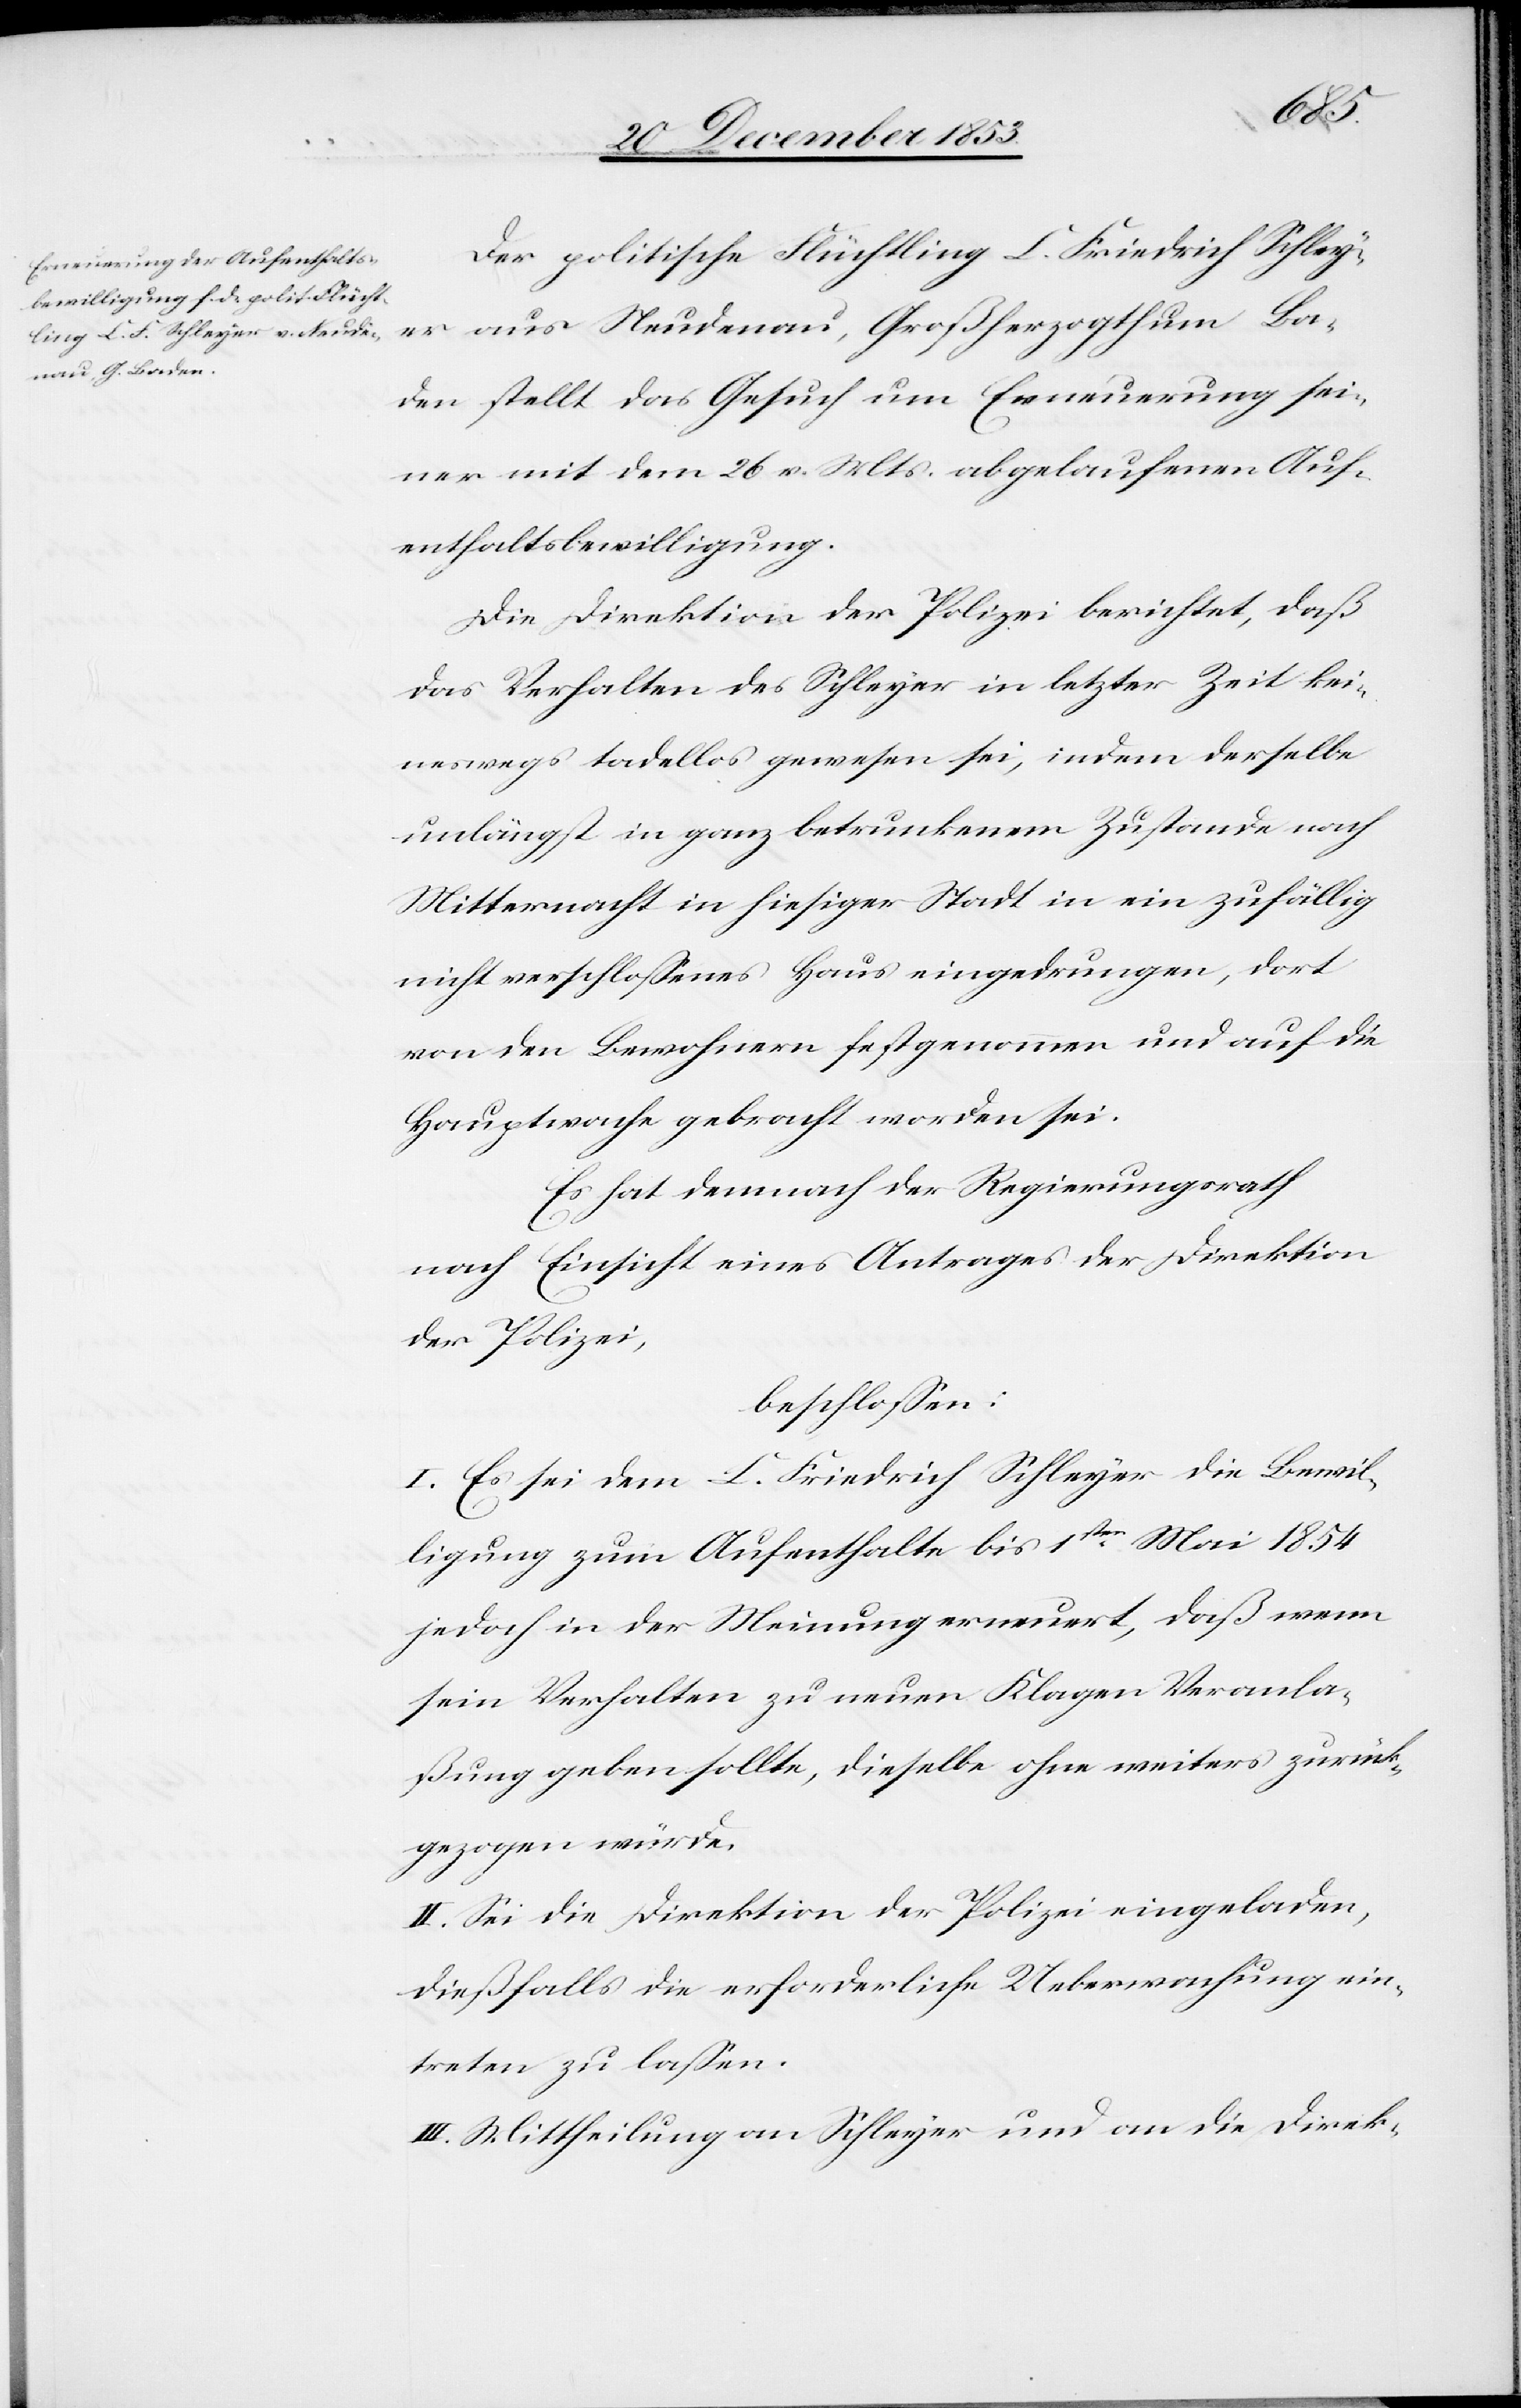
Der politische Flüchtling C. Friedrich Schley¬
er aus Neudenau, Großherzogthum Ba¬
den stellt das Gesuch um Erneuerung sei¬
ner mit dem 26 v. Mts. abgelaufenen Auf¬
enthaltsbewilligung.
Die Direktion der Polizei berichtet, daß
das Verhalten des Schleyer in letzter Zeit kei¬
neswegs tadellos gewesen sei, indem derselbe
unlängst in ganz betrunkenem Zustand nach
Mitternacht in hiesiger Stadt in ein zufällig
nicht verschloßenes Haus eingedrungen, dort
von den Bewohnern festgenommen und auf die
Hauptwache gebracht worden sei.
Es hat demnach der Regierungsrath
nach Einsicht eines Antrages der Direktion
der Polizei,
beschloßen:
I. Es sei dem C. Friedrich Schleyer die Bewil¬
ligung zum Aufenthalte bis 1sten Mai 1854
jedoch in der Meinung erneuert, daß wenn
sein Verhalten zu neuen Klagen Veranla¬
ßung geben sollte, dieselbe ohne weiteres zurück¬
gezogen würde.
II. Sei die Direktion der Polizei eingeladen,
dießfalls die erforderliche Ueberwachung ein¬
treten zu laßen.
III. Mittheilung an Schleyer und an die Direk-